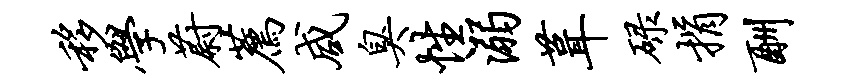
移学蔚荐咸臭性溺葺碌捐酬